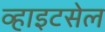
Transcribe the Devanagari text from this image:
व्हाइटसेल